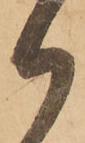
御